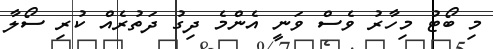
މި ބޯޓު މިހާރު ވެސް ވަނީ އެންމެ ދިގު ދަތުރެއް ކުރި ސޯލާ